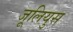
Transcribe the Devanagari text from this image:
जूलियुस